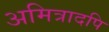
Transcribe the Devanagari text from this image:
अमित्रादपि